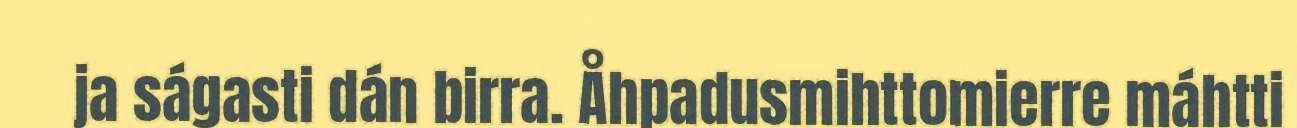
ja ságasti dán birra. Åhpadusmihttomierre máhtti